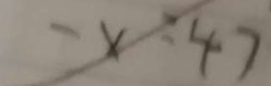
- x = 4 7